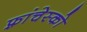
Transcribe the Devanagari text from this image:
फ़्रांचेस्को